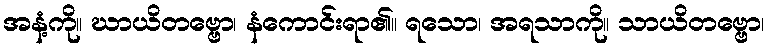
အနံ့ကို။ ဃာယိတဗ္ဗော၊ နံကောင်းရာ၏။ ရသော၊ အရသာကို။ သာယိတဗ္ဗော၊